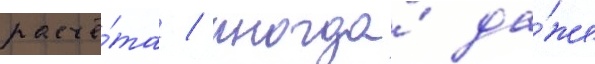
расчё́та / иногда́ да́же